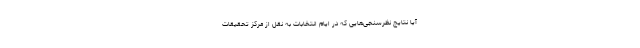
آیا نتایج نظرسنجی‌هایی که در ایام انتخابات به نقل از مرکز تحقیقات